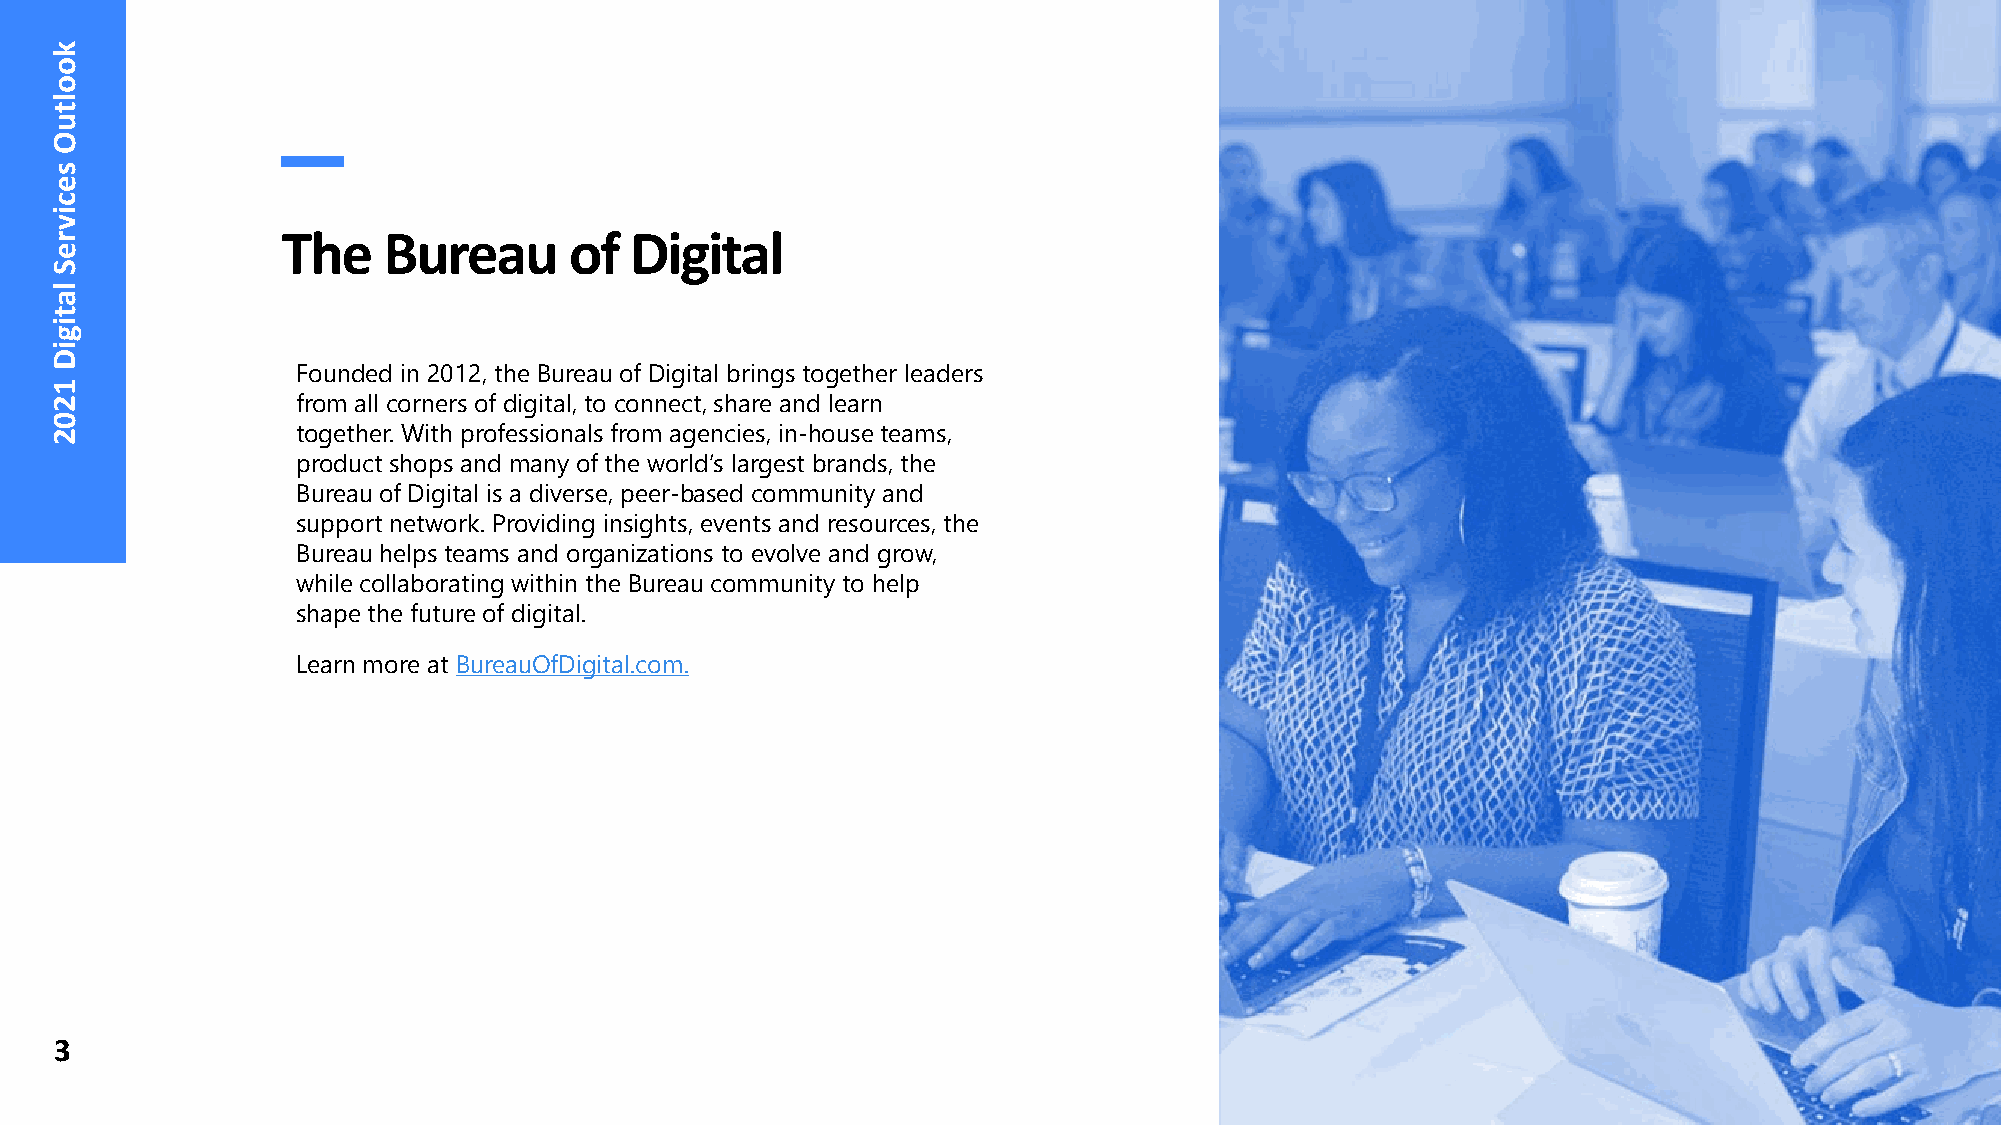
The   Bureau       of  Digital
 Founded in 2012, the Bureau of Digital brings together leaders
 from all corners of digital, to connect, share and learn
 together. With professionals from agencies, in-house teams,
 product shops and many of the world’s largest brands, the
 Bureau of Digital is a diverse, peer-based community and
 support network. Providing insights, events and resources, the
 Bureau helps teams and organizations to evolve and grow,
 while collaborating within the Bureau community to help
 shape the future of digital.
 Learn more at BureauOfDigital.com.
 3
 kooltuO
 secivreS
 latigiD
 1202